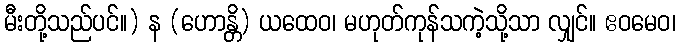
မီးတို့သည်ပင်။) န (ဟောန္တိ) ယထေဝ၊ မဟုတ်ကုန်သကဲ့သို့သာ လျှင်။ ဧဝမေဝ၊